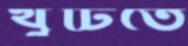
খুঁটিতে